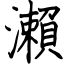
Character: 瀨